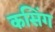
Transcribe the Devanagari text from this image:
कसिंग